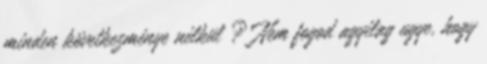
minden következménye nélkül ? Nem fogod agyilag ugye, hogy